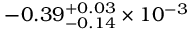
- 0 . 3 9 _ { - 0 . 1 4 } ^ { + 0 . 0 3 } \times 1 0 ^ { - 3 }